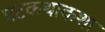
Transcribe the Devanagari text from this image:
पटकथाकशा